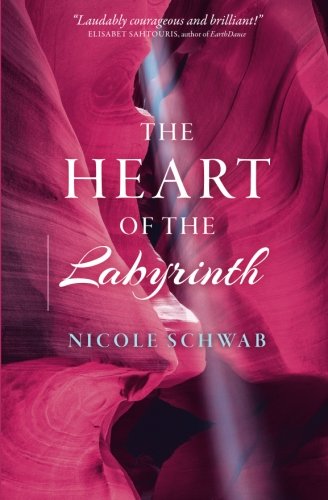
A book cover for The Heart of the Labyrinth; Nicole Schwab; Religion & Spirituality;